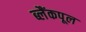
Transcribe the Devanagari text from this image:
ब्लैंकपूल